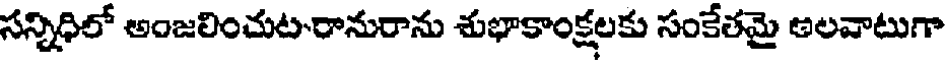
సన్నిధిలో అంజలించుట-రానురాను శుభాకాంక్షలకు సంకేతమై అలవాటుగా